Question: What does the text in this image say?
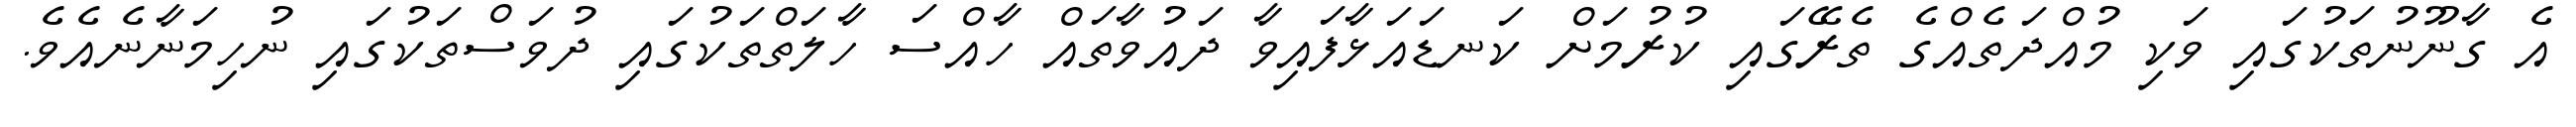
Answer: އެ ގާނޫނުތަކުގައި ވަކި މުއްދަތެއްގެ ތެރޭގައި ކުރުމަށް ކަނޑައަޅާފައިވާ ދައުވާތައް ހާއްސަ ހާލަތްތަކުގައި ދުވަސްތަކުގައި ނުހިމަނާނެއެވެ.